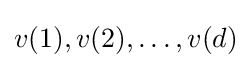
v(1),v(2),\ldots ,v(d)